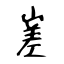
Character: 嵳